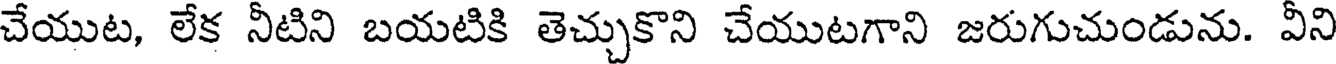
చేయుట, లేక నీటిని బయటికి తెచ్చుకొని చేయుటగాని జరుగుచుండును. వీని